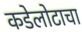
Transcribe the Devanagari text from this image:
कडेलोटाचा